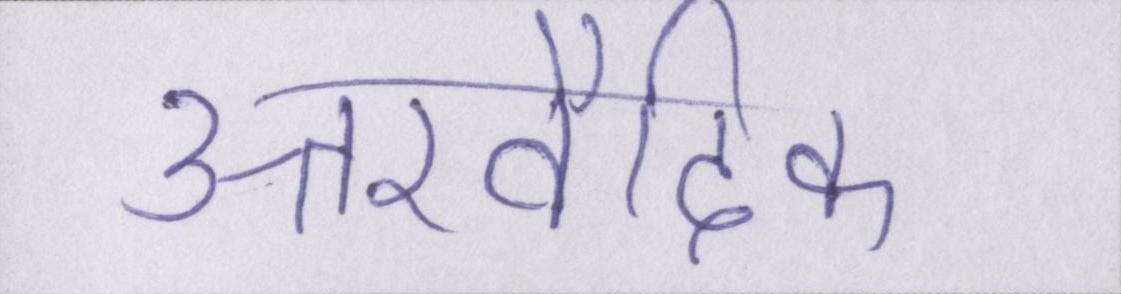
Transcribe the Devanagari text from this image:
उत्तरवैदिक